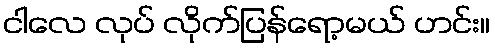
ငါလေ လုပ် လိုက်ပြန်ရော့မယ် ဟင်း။